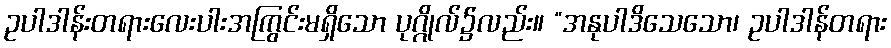
ဥပါဒါန်းတရားလေးပါးအကြွင်းမရှိသော ပုဂ္ဂိုလ်၌လည်း။ “အနုပါဒိသေသော၊ ဥပါဒါန်တရား